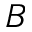
B